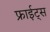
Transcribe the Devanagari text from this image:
फ्राईट्स